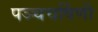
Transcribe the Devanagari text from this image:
पञ्चचर्षिणी